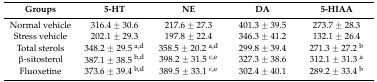
<table><thead><tr><td><b>Groups</b></td><td><b>5-HT</b></td><td><b>NE</b></td><td><b>DA</b></td><td><b>5-HIAA</b></td></tr></thead><tbody><tr><td>Normal vehicle</td><td>316.4 ± 30.6</td><td>217.6 ± 27.3</td><td>401.3 ± 39.5</td><td>273.7 ± 28.3</td></tr><tr><td>Stress vehicle</td><td>202.1 ± 29.3</td><td>197.8 ± 22.4</td><td>346.3 ± 41.2</td><td>132.1 ± 26.4</td></tr><tr><td>Total sterols</td><td>348.2 ± 29.5 <sup>a,d</sup></td><td>358.5 ± 20.2 <sup>a,d</sup></td><td>299.8 ± 39.4</td><td>271.3 ± 27.2 <sup>b</sup></td></tr><tr><td>β-sitosterol</td><td>387.1 ± 38.5 <sup>b,d</sup></td><td>398.2 ± 31.5 <sup>c,e</sup></td><td>327.3 ± 38.6</td><td>312.1 ± 31.3 <sup>a</sup></td></tr><tr><td>Fluoxetine</td><td>373.6 ± 39.4 <sup>b,d</sup></td><td>389.5 ± 33.1 <sup>c,e</sup></td><td>302.4 ± 40.1</td><td>289.2 ± 33.4 <sup>b</sup></td></tr></tbody></table>